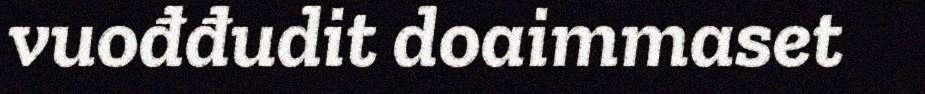
vuođđudit doaimmaset